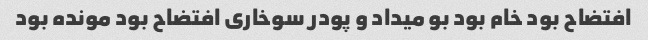
افتضاح بود خام بود بو میداد و پودر سوخاری افتضاح بود مونده بود